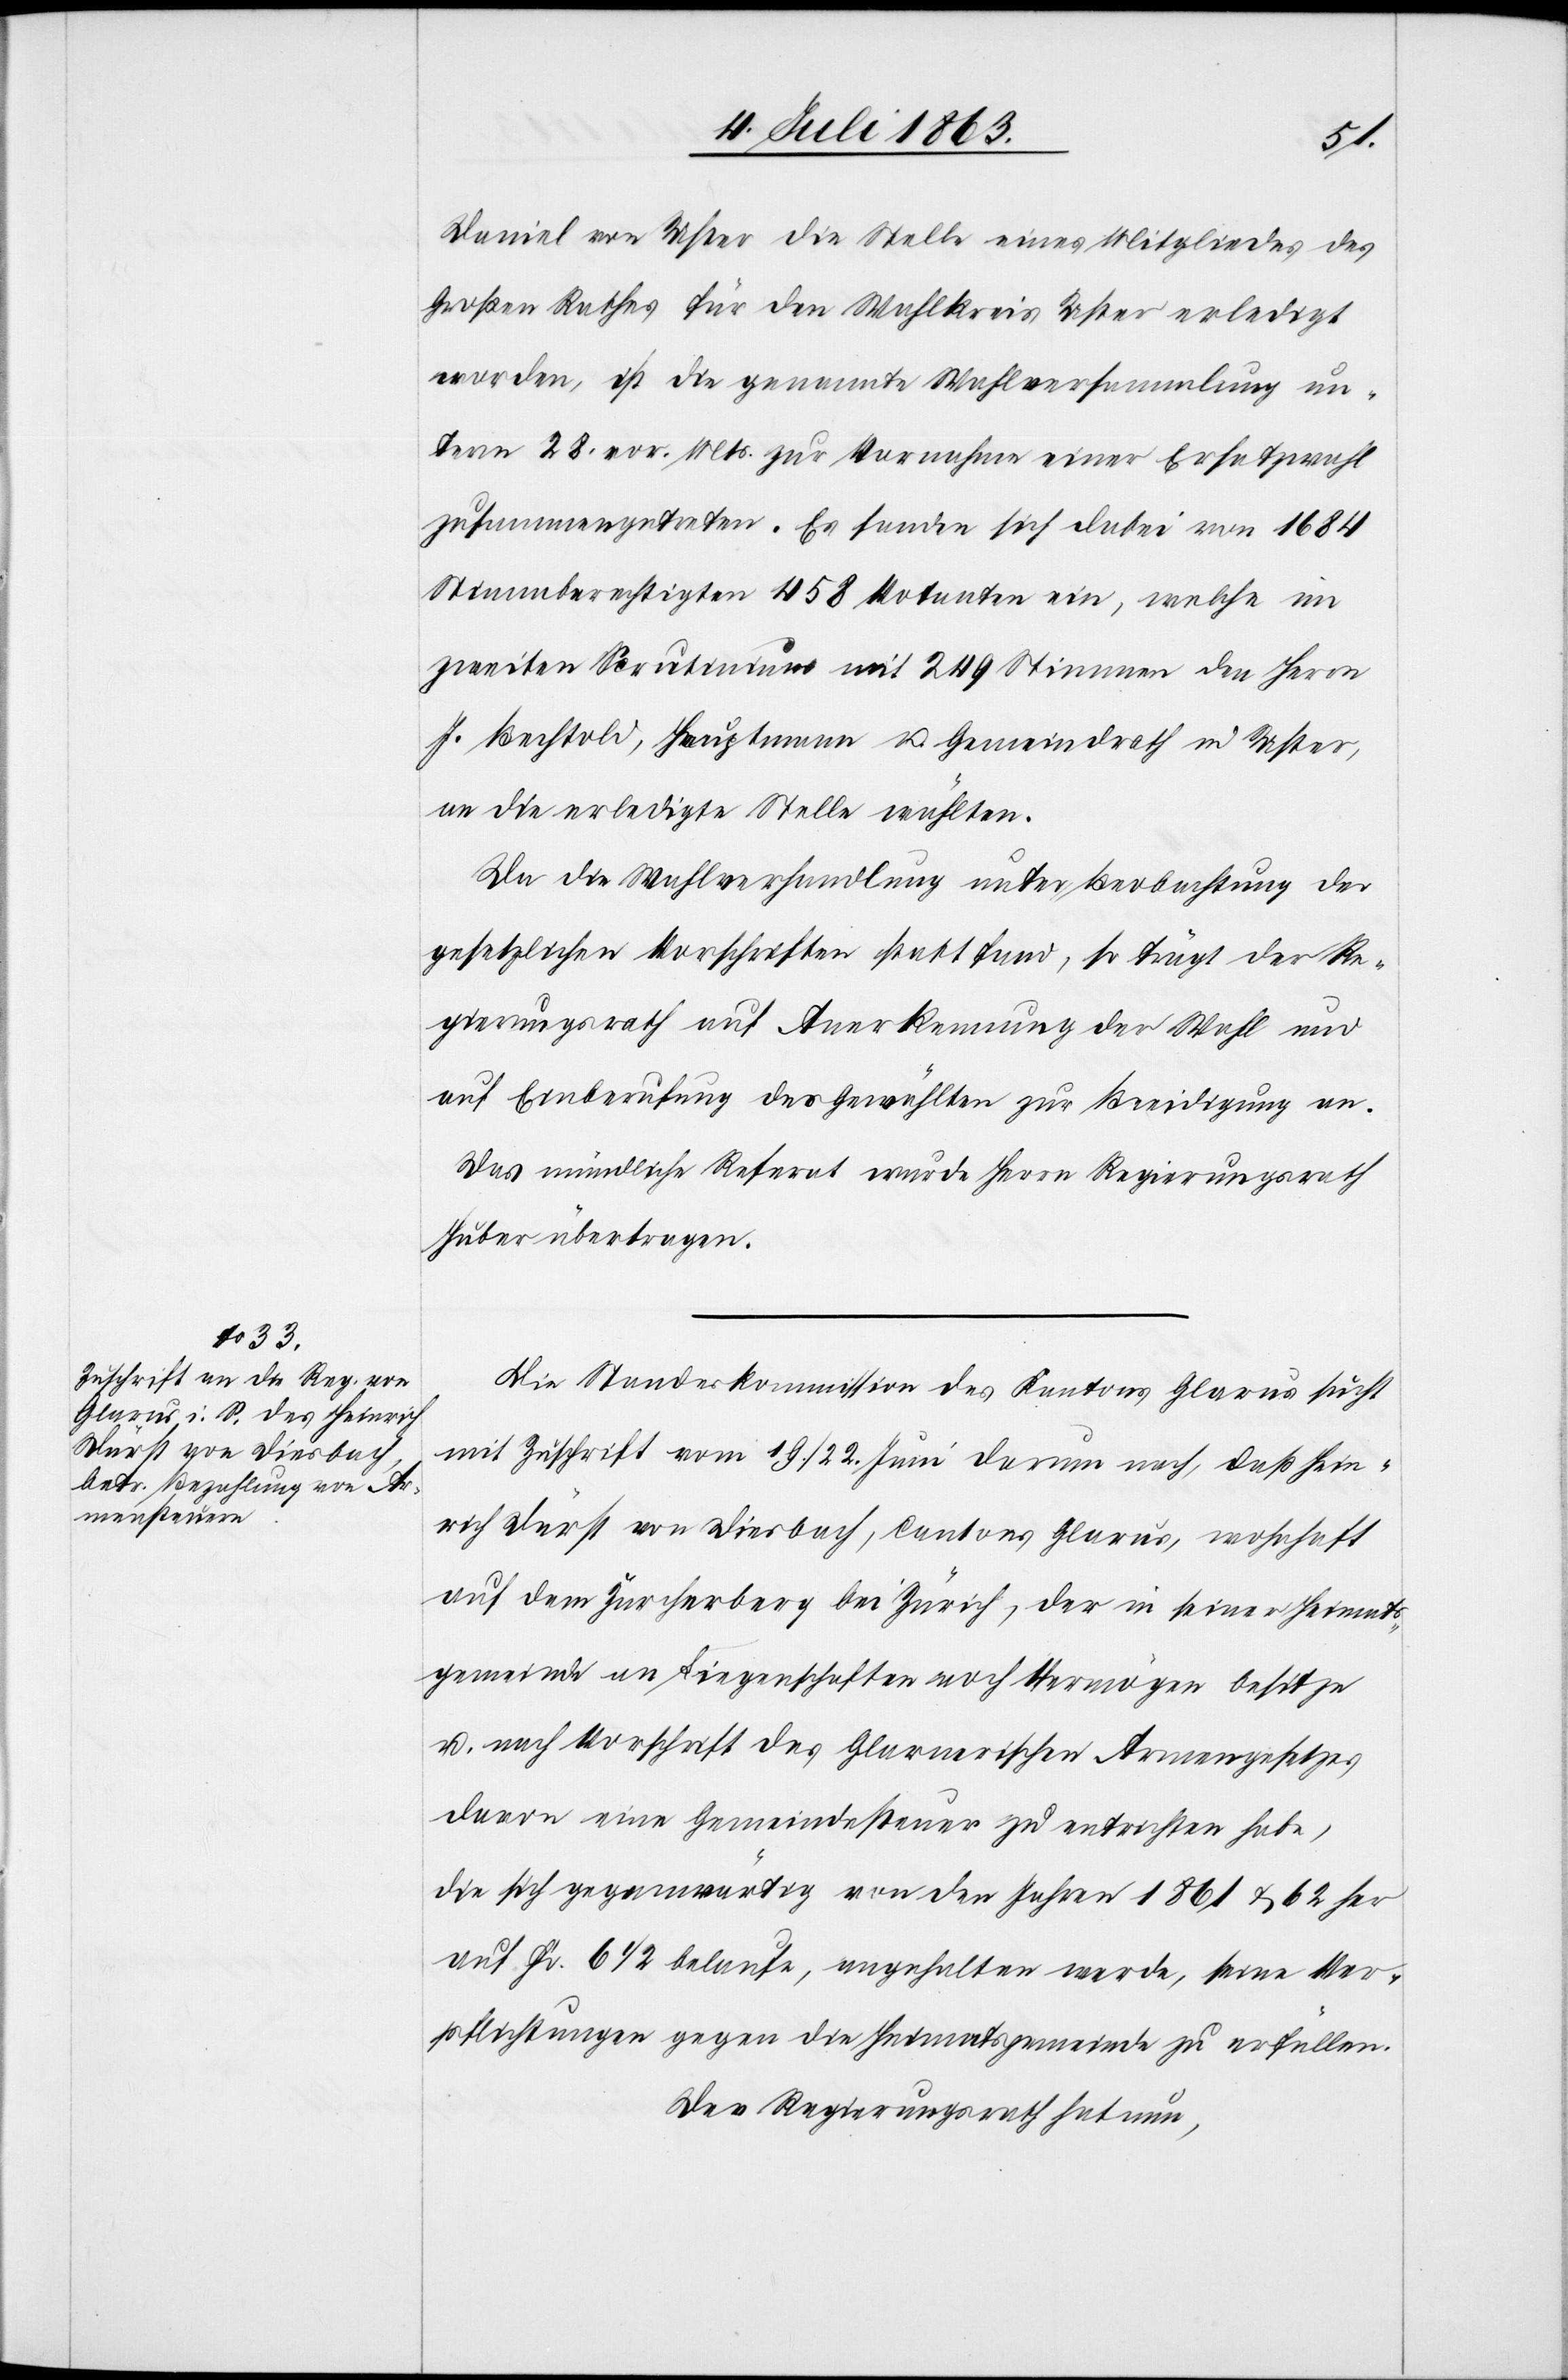
Daniel von Uster die Stelle eines Mitgliedes des
Großen Rathes für den Wahlkreis Uster erledigt
worden, ist die genannte Wahlversammlung un¬
term 28. vor. Mts. zur Vornahme einer Ersatzwahl
zusammengetreten. Es fanden sich dabei von 1684
Stimmberechtigten 458 Votanten ein, welche im
zweiten Scrutinium mit 249 Stimmen den Herrn
J. Bechtold [sic!], Hauptmann u. Gemeindrath in Uster,
an die erledigte Stelle wählten.
Da die Wahlversammlung unter Beobachtung der
gesetzlichen Vorschriften statt fand, so trägt der Re¬
gierungsrath auf Anerkennung der Wahl und
auf Einberufung des Gewählten zur Beeidigung an.
Das mündliche Referat wurde Herrn Regierungsrath
Huber übertragen.
Die Standeskommission des Kantons Glarus sucht
mit Zuschrift vom 19./22. Juni darum nach, daß Hein¬
rich Dürst von Diesbach, Cantons Glarus, wohnhaft
auf dem Zürcherberg bei Zürich, der in seiner Heimats¬
gemeinde an Liegenschaften noch Vermögen besitze
u. nach Vorschrift des Glarnerischen Armengesetzes
davon eine Gemeindesteuer zu entrichten habe,
die sich gegenwärtig von den Jahren 1861 & 62 her
auf Fr. 6 1/2 belaufe, angehalten werde, seine Ver¬
pflichtungen gegen die Heimatsgemeinde zu erfüllen.
Der Regierungsrath hat nun,